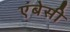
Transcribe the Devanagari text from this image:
एंबेसी